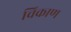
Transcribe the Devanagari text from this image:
चिकाण